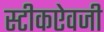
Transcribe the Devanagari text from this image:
स्टीकऐवजी